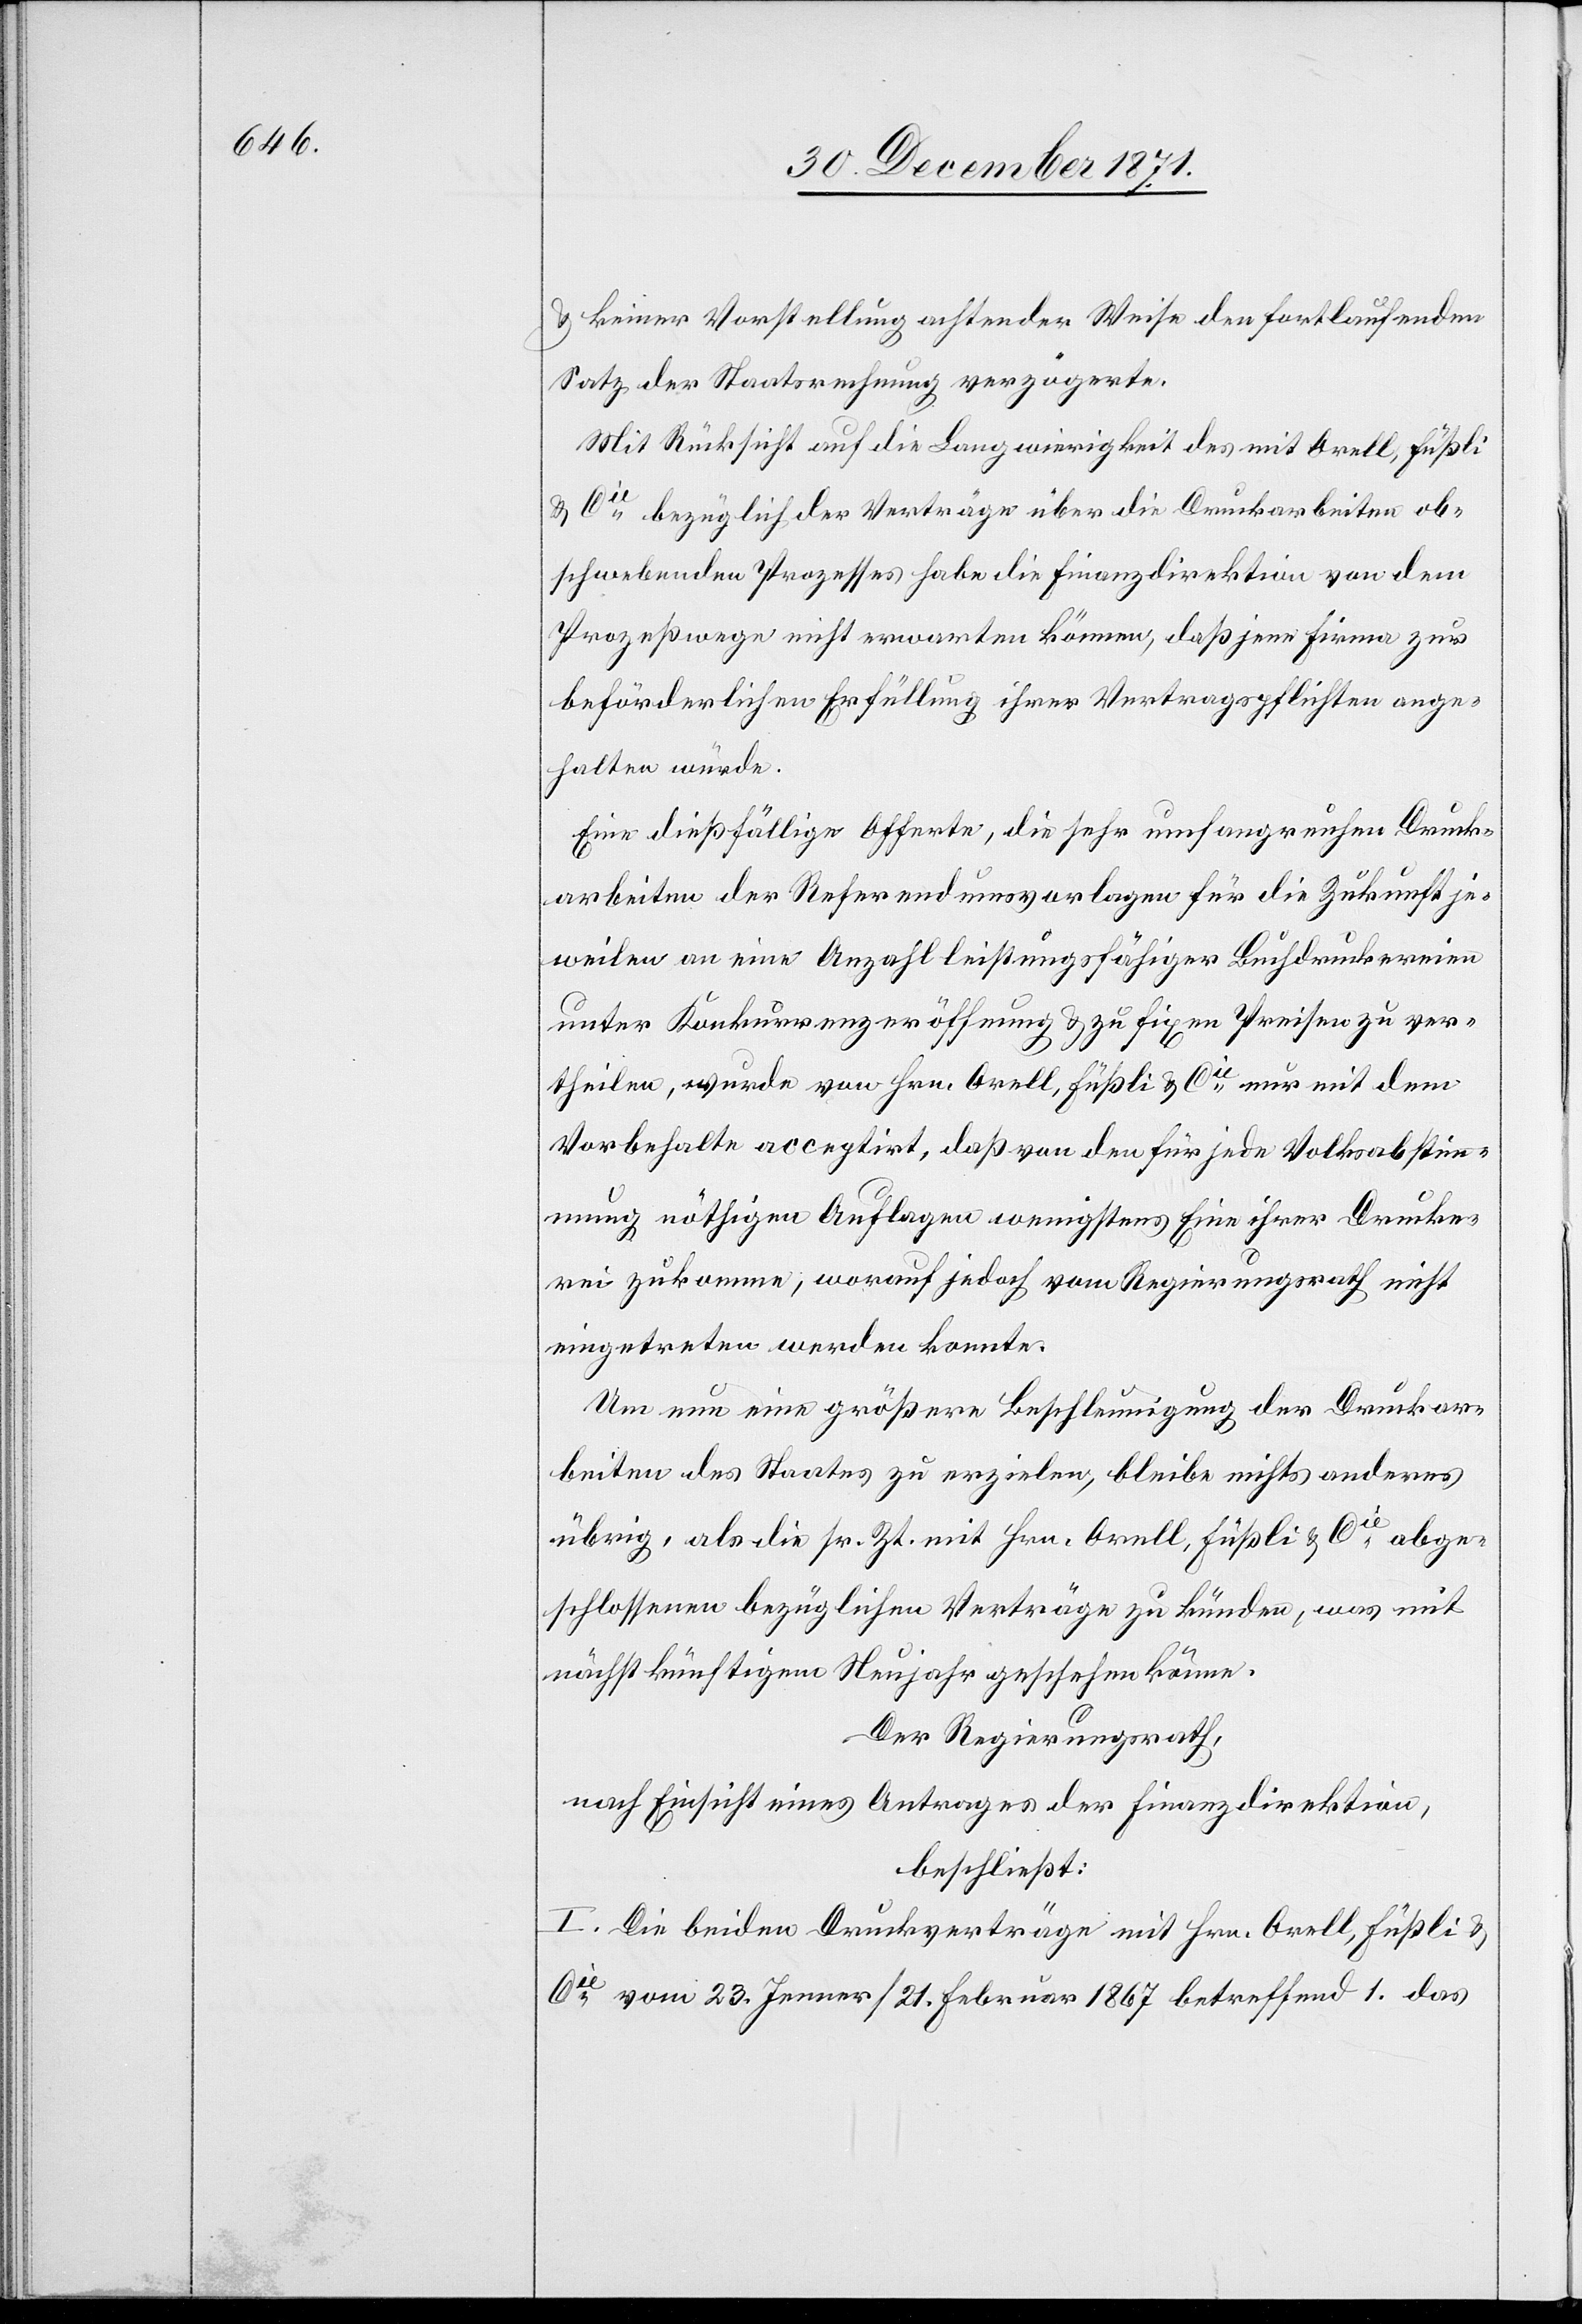
& keiner Vorstellung achtender Weise den fortlaufenden
Satz der Staatsrechnung verzögerte.
Mit Rücksicht auf die Langwierigkeit des mit Orell, Füßli
& Cie. bezüglich der Verträge über die Druckarbeiten ob¬
schwebenden Prozesses habe die Finanzdirektion von dem
Prozeßwege nicht erwarten können, daß jene Firma zur
beförderlichen Erfüllung ihrer Vertragspflichten ange¬
halten würde.
Eine dießfällige Offerte, die sehr umfangreichen Druck¬
arbeiten der Referendumsvorlagen für die Zukunft je¬
weilen an eine Anzahl leistungsfähiger Buchdruckereien
unter Konkurrenzeröffnung & zu fixen Preisen zu ver¬
theilen, wurde von Hrn. Orell, Füßli & Cie. nur mit dem
Vorbehalte acceptirt, daß von den für jede Volksabstim¬
mung nöthigen Auflagen wenigstens Eine ihrer Drucke¬
rei zukomme, worauf jedoch vom Regierungsrath nicht
eingetreten werden konnte.
Um nun eine größere Beschleunigung der Druckar¬
beiten des Staates zu erzielen, bleibe nichts anderes
übrig, als die sr. Zt. mit Hrn. Orell, Füßli & Cie. abge¬
schlossenen bezüglichen Verträgen zu künden, was mit
nächstkünftigem Neujahr geschehen könne.
Der Regierungsrath,
nach Einsicht eines Antrages der Finanzdirektion,
beschließt:
I. Die beiden Druckverträge mit Hrn. Orell, Füßli &
Cie. vom 23. Jenner / 21. Februar 1867 betreffend 1. das